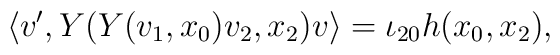
\left\langle v', Y(Y(v_{1}, x_{0})v_{2},x_{2})v\right\rangle=\iota_{20}h(x_{0}, x_{2}),